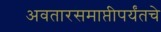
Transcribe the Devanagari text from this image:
अवतारसमाप्तीपर्यंतचे